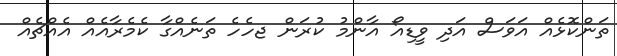
ތަންކޮޅެއް އަވަސް އަދި ވީޑިއޯ އާންމު ކުރަން ޖހެހެ ތަނެއްގާ ކެެމެރާއެއް އެއްޗެއް